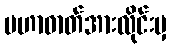
မဟာဓာတ်အားလိုင်းမှ